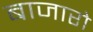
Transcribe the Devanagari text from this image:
बाजारो